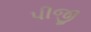
પીજી